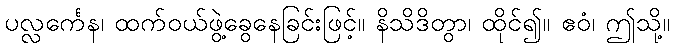
ပလ္လင်္ကေန၊ ထက်ဝယ်ဖွဲ့ခွေနေခြင်းဖြင့်။ နိသိဒိတွာ၊ ထိုင်၍။ ဧဝံ၊ ဤသို့။